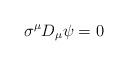
LaTeX: \begin{align*} \sigma^{\mu} D_{\mu} \psi = 0\end{align*}